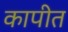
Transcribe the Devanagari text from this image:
कापीत